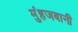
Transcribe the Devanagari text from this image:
मुंहजबानी